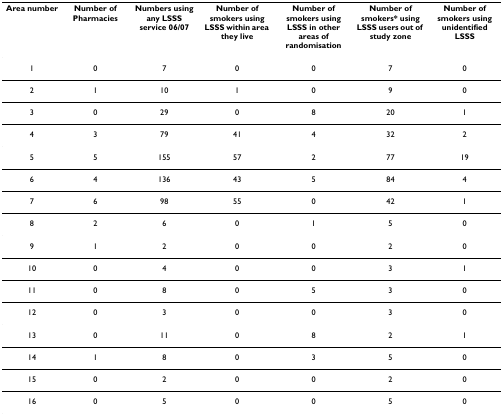
<table><thead><tr><td><b>Area number</b></td><td><b>Number of Pharmacies</b></td><td><b>Numbers using any LSSS service 06/07</b></td><td><b>Number of smokers using LSSS within area they live</b></td><td><b>Number of smokers using LSSS in other areas of randomisation</b></td><td><b>Number of smokers* using LSSS users out of study zone</b></td><td><b>Number of smokers using unidentified LSSS</b></td></tr></thead><tbody><tr><td>1</td><td>0</td><td>7</td><td>0</td><td>0</td><td>7</td><td>0</td></tr><tr><td>2</td><td>1</td><td>10</td><td>1</td><td>0</td><td>9</td><td>0</td></tr><tr><td>3</td><td>0</td><td>29</td><td>0</td><td>8</td><td>20</td><td>1</td></tr><tr><td>4</td><td>3</td><td>79</td><td>41</td><td>4</td><td>32</td><td>2</td></tr><tr><td>5</td><td>5</td><td>155</td><td>57</td><td>2</td><td>77</td><td>19</td></tr><tr><td>6</td><td>4</td><td>136</td><td>43</td><td>5</td><td>84</td><td>4</td></tr><tr><td>7</td><td>6</td><td>98</td><td>55</td><td>0</td><td>42</td><td>1</td></tr><tr><td>8</td><td>2</td><td>6</td><td>0</td><td>1</td><td>5</td><td>0</td></tr><tr><td>9</td><td>1</td><td>2</td><td>0</td><td>0</td><td>2</td><td>0</td></tr><tr><td>10</td><td>0</td><td>4</td><td>0</td><td>0</td><td>3</td><td>1</td></tr><tr><td>11</td><td>0</td><td>8</td><td>0</td><td>5</td><td>3</td><td>0</td></tr><tr><td>12</td><td>0</td><td>3</td><td>0</td><td>0</td><td>3</td><td>0</td></tr><tr><td>13</td><td>0</td><td>11</td><td>0</td><td>8</td><td>2</td><td>1</td></tr><tr><td>14</td><td>1</td><td>8</td><td>0</td><td>3</td><td>5</td><td>0</td></tr><tr><td>15</td><td>0</td><td>2</td><td>0</td><td>0</td><td>2</td><td>0</td></tr><tr><td>16</td><td>0</td><td>5</td><td>0</td><td>0</td><td>5</td><td>0</td></tr></tbody></table>